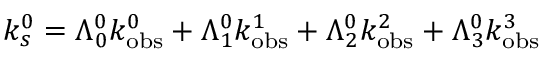
k _ { s } ^ { 0 } = \Lambda _ { 0 } ^ { 0 } k _ { \mathrm { o b s } } ^ { 0 } + \Lambda _ { 1 } ^ { 0 } k _ { \mathrm { o b s } } ^ { 1 } + \Lambda _ { 2 } ^ { 0 } k _ { \mathrm { o b s } } ^ { 2 } + \Lambda _ { 3 } ^ { 0 } k _ { \mathrm { o b s } } ^ { 3 }